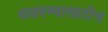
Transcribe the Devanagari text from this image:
वाढवण्यासाठीच